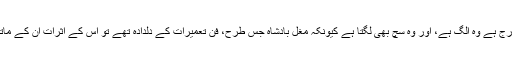
لیکن جو کچھ کتابوں میں درج ہے وہ الگ ہے، اور وہ سچ بھی لگتا ہے کیونکہ مغل بادشاہ جس طرح، فنِ تعمیرات کے دلدادہ تھے تو اس کے اثرات ان کے ماتحت ملازمیں پر بھی تھے۔